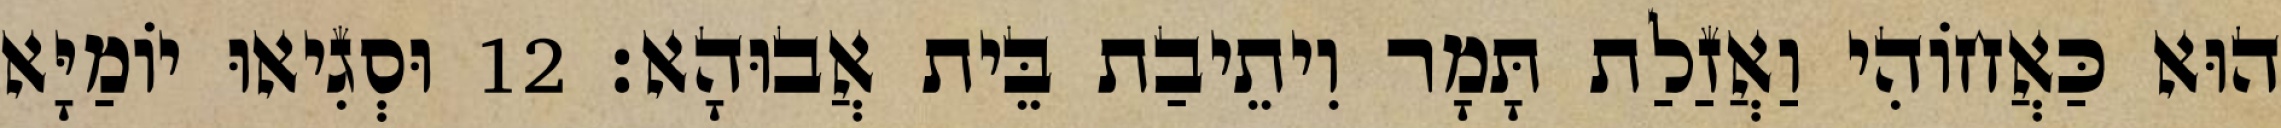
הוּא כַּאֲחוֹהִי וַאֲזַלַת תָּמָר וִיתֵיבַת בֵּית אֲבוּהָא׃ 12 וּסְגִיאוּ יוֹמַיָּא